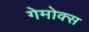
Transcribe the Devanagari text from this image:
गेमोक्स